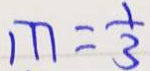
m = \frac { 1 } { 3 }